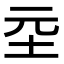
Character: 坖